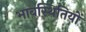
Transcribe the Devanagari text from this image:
भावस्थितियों